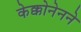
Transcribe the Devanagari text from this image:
केक्कोनेनने